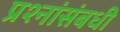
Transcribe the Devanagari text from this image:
प्रश्नांसंबधी